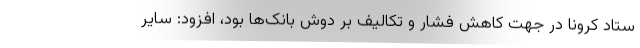
ستاد کرونا در جهت کاهش فشار و تکالیف بر دوش بانک‌ها بود، افزود: سایر